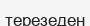
терезеден